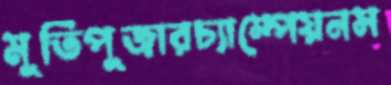
মূর্তিপূজারচ্যাম্পেয়নস